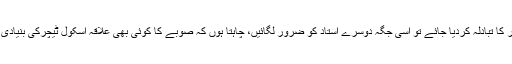
وزیراعلیٰ نے کہاکہ اگر ٹیچر کا تبادلہ کردیا جائے تو اسی جگہ دوسرے استاد کو ضرور لگائیں، چاہتا ہوں کہ صوبے کا کوئی بھی علاقہ اسکول ٹیچرکی بنیادی سہولت سے محروم نہ رہے۔